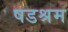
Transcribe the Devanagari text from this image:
षडश्रम